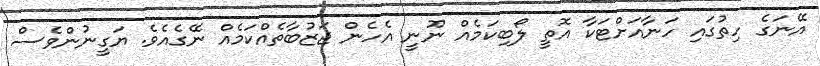
އޭނަގެ ހިތުގައި ހަނާއަށްޓަކާ އޮތީ ލޯބިކަމެއް ނޫނީ އެހެން ޖަޒުބާތެއްކަމެއް ނޭގެއެވެ. ޔަގީނުންވެސް